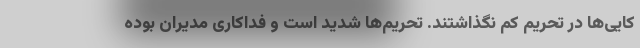
کایی‌ها در تحریم کم نگذاشتند. تحریم‌ها شدید است و فداکاری مدیران بوده